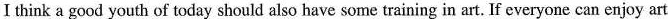
I think a good youth of today should also have some training in art. If everyone can enjoy art